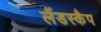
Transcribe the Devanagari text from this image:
लैंडस्कैप